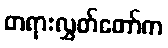
တရားလွှတ်တော်က